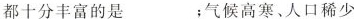
都十分丰富的是___；气候高寒、人口稀少